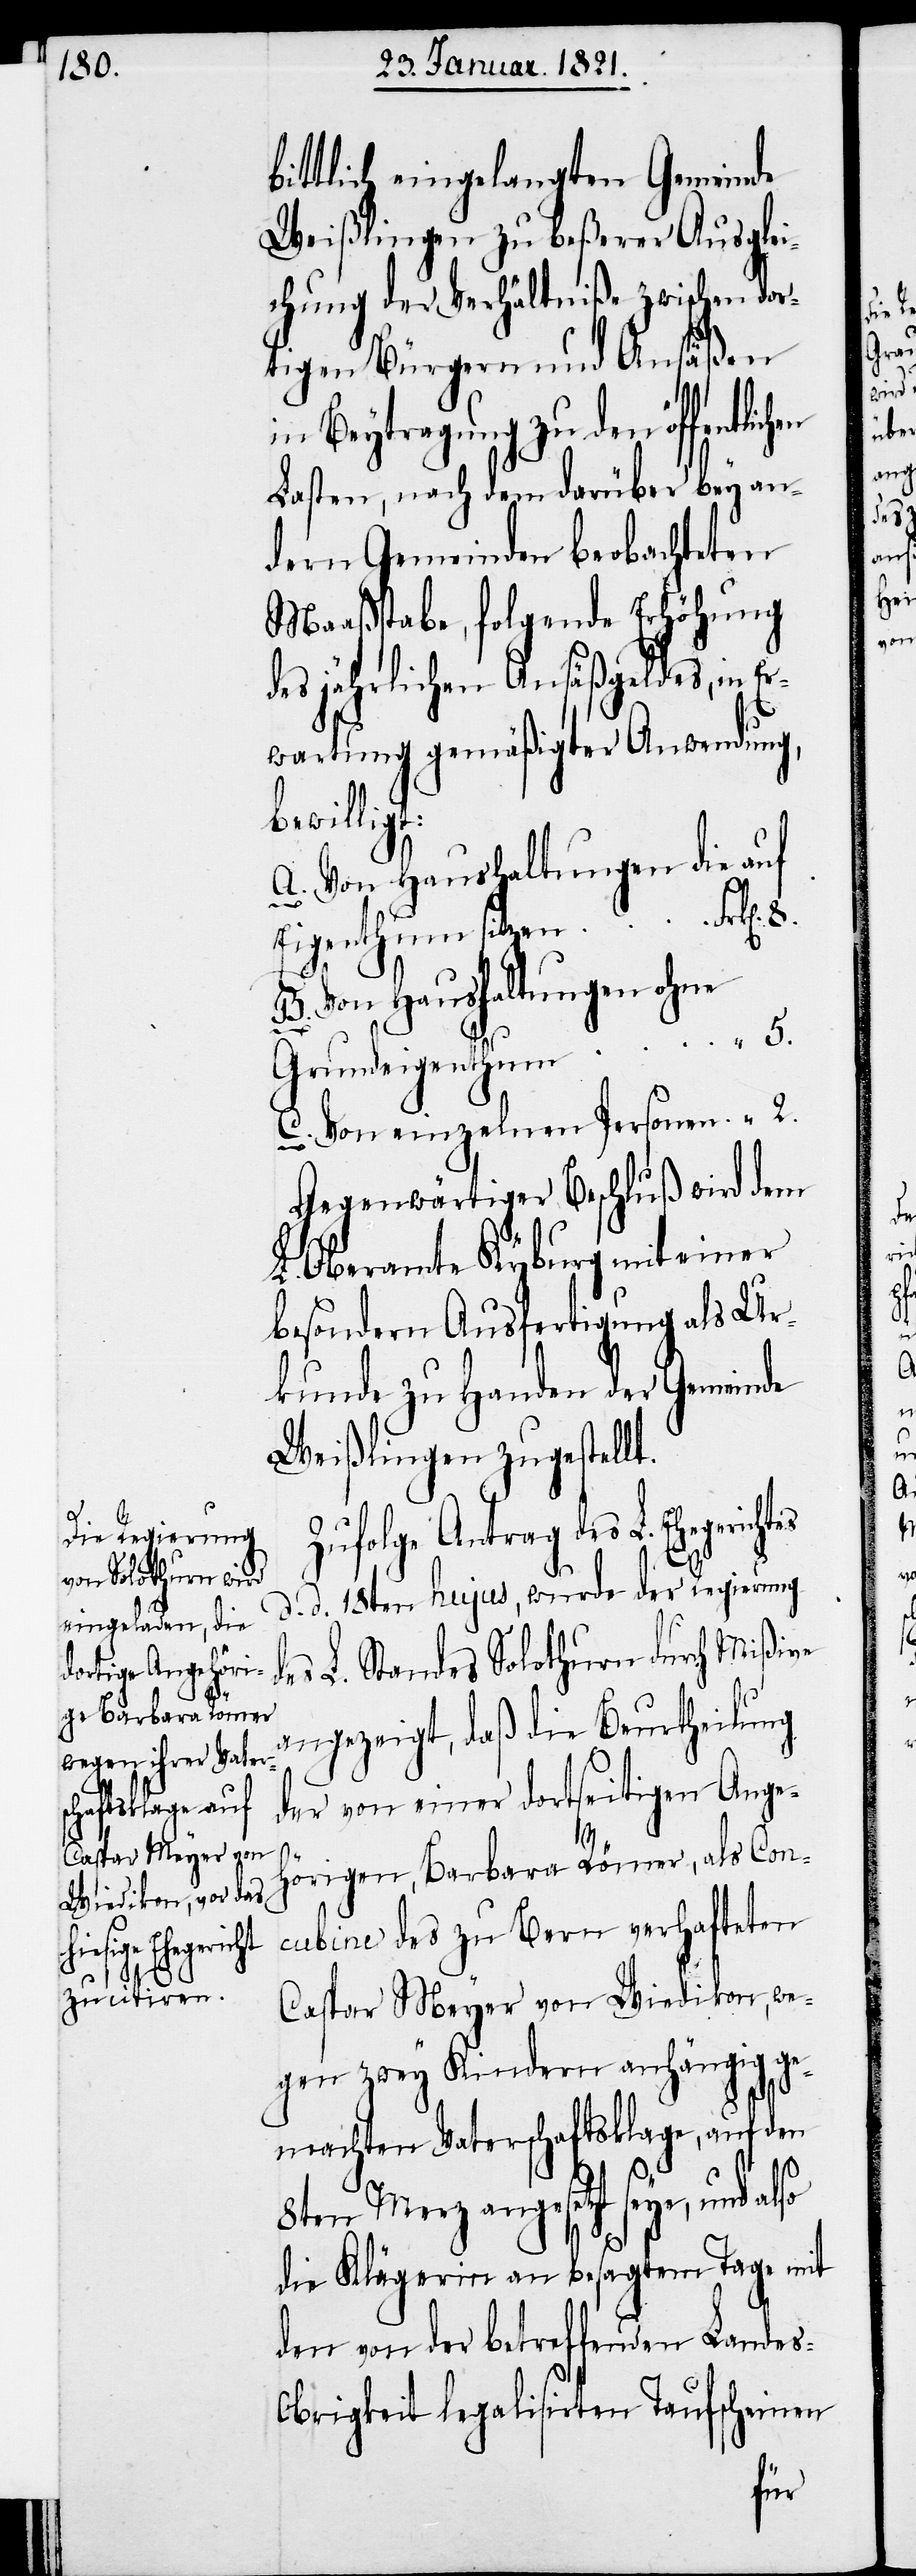
ichtes

bittlich eingelangten Gemeinde
Weißlingen zu beßerer Ausglei¬
chung der Verhältniße zwischen dor¬
tigen Bürgern und Ansäßen
in Beytragung zu den öffentl¬
Lasten, nach dem darüber bey an¬
dern Gemeinden beobachteten
Maaßstabe, folgende Erhöhung
des jährlichen Ansäßgeldes, in Er¬
wartung gemäßigter Anwendung,
bewilligt:
A. Von Haushaltungen die auf
Eigenthum
B. Von Haushaltungen ohne
Grundeigenthum	“	5.
C. Von einzelnen Personen	“	2.
Gegenwärtiger Beschluß wird dem
L. Oberamte Kyburg mit einer
besondern Ausfertigung als Ur¬
kunde zu Handen der Gemeinde
Weißlingen zugestellt.
Zufolge Antrag des L. Eheger¬
d. d. 18ten hujus, wurde der Regierung
es L. Standes Solothurn durch Mißiven
angezeigt, daß die Beurtheilung
der von einer dortseitigen Ange¬
d¬
hörigen, Barbara Römer, als Con¬
cubine des zu Bern verhafteten
Caspar Meyer von Wiedikon, we¬
gen zwey Kindern anhängig ge¬
machten Vaterschaftsklage, auf den
8ten Merz angesetzt seye, und
die Klägerin an besagtem Tage mit
den von der betreffenden Lande¬
s-Obrigkeit legalisirten Taufscheinen